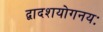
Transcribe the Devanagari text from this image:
द्वादशयोगनयः